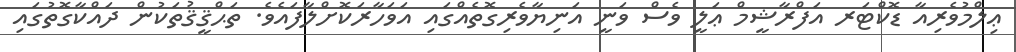
ޢިލްމުވެރިއާ ޑޮކްޓަރ އަފްރާޝީމް ޢަލީ ވެސް ވަނީ އަނިޔާވެރިގޮތެއްގައި އަވަހާރަކޮށްލާފައެވެ. ތަޙްޤީޤުތަކުން ދައްކާގޮތުގައި